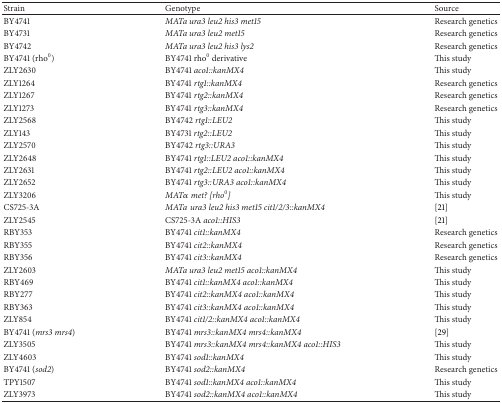
<table><thead><tr><td><b>Strain</b></td><td><b>Genotype</b></td><td><b>Source</b></td></tr></thead><tbody><tr><td>BY4741</td><td><i>MATa ura3 leu2 his3 met15 </i></td><td>Research genetics</td></tr><tr><td>BY4731 </td><td><i>MATa ura3 leu2 met15 </i></td><td>Research genetics</td></tr><tr><td>BY4742</td><td><i>MATa ura3 leu2 his3 lys2 </i></td><td>Research genetics</td></tr><tr><td>BY4741 (rho<sup>0</sup>)</td><td>BY4741 rho<sup>0</sup> derivative</td><td>This study</td></tr><tr><td>ZLY2630</td><td>BY4741 <i>aco1::kanMX4 </i></td><td>This study</td></tr><tr><td>ZLY1264</td><td>BY4741 <i>rtg1::kanMX4 </i></td><td>Research genetics</td></tr><tr><td>ZLY1267</td><td>BY4741 <i>rtg2::kanMX4 </i></td><td>Research genetics</td></tr><tr><td>ZLY1273</td><td>BY4741 <i>rtg3::kanMX4 </i></td><td>Research genetics</td></tr><tr><td>ZLY2568</td><td>BY4742 <i>rtg1::LEU2 </i></td><td>This study</td></tr><tr><td>ZLY143</td><td>BY4731 <i>rtg2::LEU2 </i></td><td>This study</td></tr><tr><td>ZLY2570</td><td>BY4742 <i>rtg3::URA3 </i></td><td>This study</td></tr><tr><td>ZLY2648</td><td>BY4741 <i>rtg1::LEU2 aco1::kanMX4 </i></td><td>This study</td></tr><tr><td>ZLY2631</td><td>BY4741 <i>rtg2::LEU2 aco1::kanMX4 </i></td><td>This study</td></tr><tr><td>ZLY2652</td><td>BY4741 <i>rtg3::URA3 aco1::kanMX4 </i></td><td>This study</td></tr><tr><td>ZLY3206</td><td><i>MAT<i>α</i> met? [rho</i><sup>0</sup><i>] </i></td><td>This study</td></tr><tr><td>CS725-3A</td><td><i>MATaura3 leu2 his3 met15 cit1/2/3::kanMX4 </i></td><td>[21]</td></tr><tr><td>ZLY2545</td><td>CS725-3A <i>aco1::HIS3 </i></td><td>[21]</td></tr><tr><td>RBY353</td><td>BY4741 <i>cit1::kanMX4 </i></td><td>Research genetics</td></tr><tr><td>RBY355</td><td>BY4741 <i>cit2::kanMX4 </i></td><td>Research genetics</td></tr><tr><td>RBY356</td><td>BY4741 <i>cit3::kanMX4 </i></td><td>Research genetics</td></tr><tr><td>ZLY2603</td><td><i>MATa ura3 leu2 met15 aco1::kanMX4 </i></td><td>This study</td></tr><tr><td>RBY469</td><td>BY4741 <i>cit1::kanMX4 aco1::kanMX4 </i></td><td>This study</td></tr><tr><td>RBY277</td><td>BY4741 <i>cit2::kanMX4 aco1::kanMX4 </i></td><td>This study</td></tr><tr><td>RBY363</td><td>BY4741 <i>cit3::kanMX4 aco1::kanMX4 </i></td><td>This study</td></tr><tr><td>ZLY854</td><td>BY4741 <i>cit1/2::kanMX4 aco1::kanMX4 </i></td><td>This study</td></tr><tr><td>BY4741 (<i>mrs3 mrs4</i>)</td><td>BY4741 <i>mrs3::kanMX4 mrs4::kanMX4 </i></td><td>[29]</td></tr><tr><td>ZLY3505</td><td>BY4741 <i>mrs3::kanMX4 mrs4::kanMX4 aco1::HIS3 </i></td><td>This study</td></tr><tr><td>ZLY4603</td><td>BY4741 <i>sod1::kanMX4 </i></td><td>This study</td></tr><tr><td>BY4741 (<i>sod2</i>)</td><td>BY4741 <i>sod2::kanMX4 </i></td><td>Research genetics</td></tr><tr><td>TPY1507</td><td>BY4741 <i>sod1::kanMX4 aco1::kanMX4 </i></td><td>This study</td></tr><tr><td>ZLY3973</td><td>BY4741 <i>sod2::kanMX4 aco1::kanMX4 </i></td><td>This study</td></tr></tbody></table>